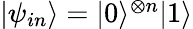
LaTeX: \begin{array}{r}{|\psi_{in}\rangle=|0\rangle^{\otimes n}|1\rangle}\end{array}